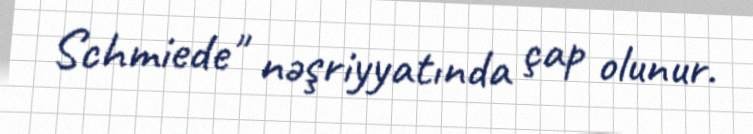
Schmiede" nəşriyyatında çap olunur.